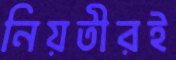
নিয়তীরই